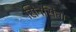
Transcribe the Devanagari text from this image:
सिनसिना